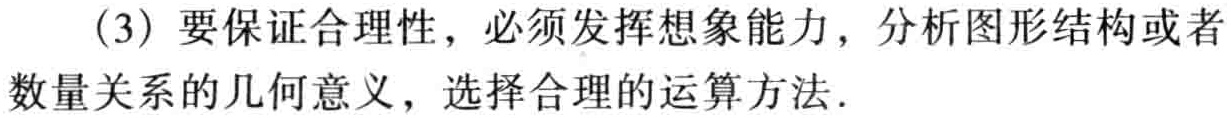
（3）要保证合理性，必须发挥想象能力，分析图形结构或者数量关系的几何意义，选择合理的运算方法.